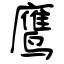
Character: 鹰